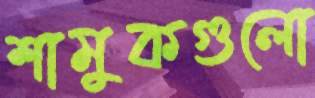
শামুকগুলো